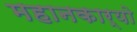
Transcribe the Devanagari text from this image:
महानकार्यो